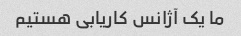
ما یک آژانس کاریابی هستیم